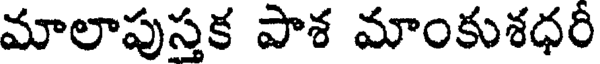
మాలాపుస్తక పాశ మాంకుశధరీ